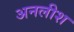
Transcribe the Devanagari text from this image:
अनलीश